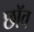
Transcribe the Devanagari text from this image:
छाॅव